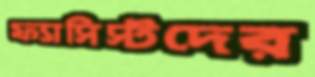
ফ্যাসিস্টদের